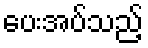
ပေးအပ်သည့်